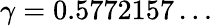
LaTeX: \gamma=0.5772157\dots